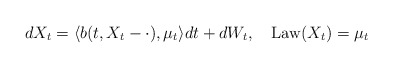
\begin{align*} dX_t=\langle b(t,X_t-\cdot),\mu_t\rangle dt+dW_t,\quad\operatorname{Law}(X_t)=\mu_t\end{align*}